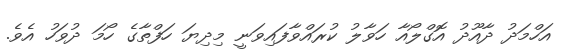
އަހްމަދު ދާއޫދު އޮގްލޯއާ ހަވާލު ކުރައްވާފައިވަނީ މިދިޔަ ހަފްތާގެ ހޯމަ ދުވަހު އެވެ.